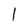
Character: 1